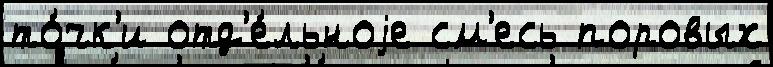
то́чк'и отд'е́льноjе см'есь поровых